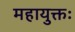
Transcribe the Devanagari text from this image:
महायुक्तः